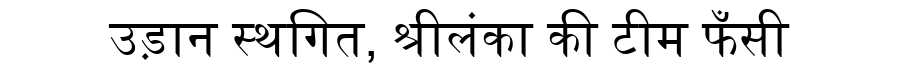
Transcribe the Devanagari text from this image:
उड़ान स्थगित, श्रीलंका की टीम फँसी